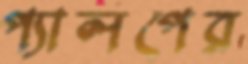
প্যালপের